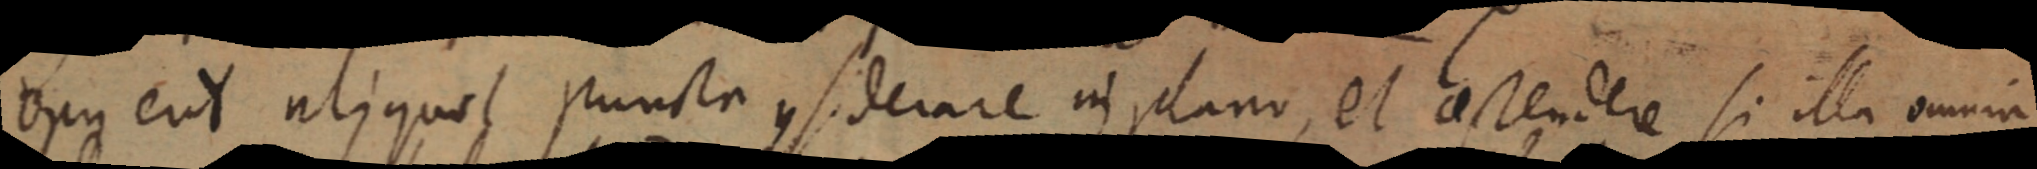
opus eu Y aliquos puncta considerare in plano, et ostendere si illa omnia